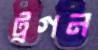
ট্রগন